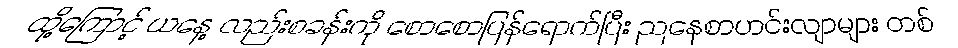
ထို့ကြောင့် ယနေ့ လည်းစခန်းကို စောစောပြန်ရောက်ပြီး ညနေစာဟင်းလျာများ တစ်